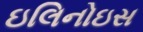
ઇલિનોઇસ